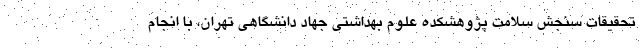
تحقیقات سنجش سلامت پژوهشکده علوم بهداشتی جهاد دانشگاهی تهران، با انجام